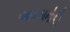
આરલાનોએ